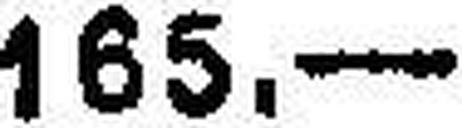
165.—